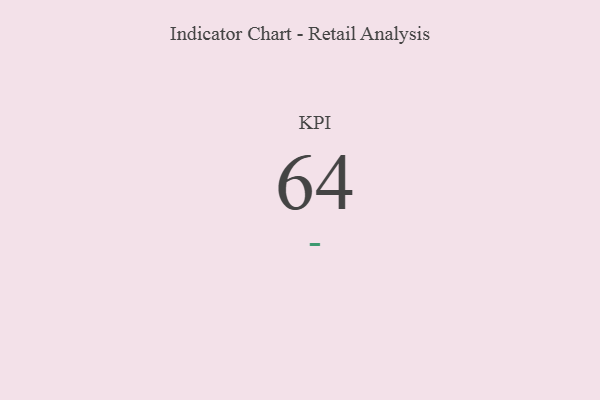
{"axis": {"x": "KPI", "y": "Value"}, "legend": [""], "data": [{"x": "KPI", "y": 64, "type": ""}]}